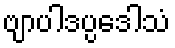
ဗျာပါဒပ္ပဒေါသံ